38_143685_box_Incident_Summaries_173-233
Agency: Department of War
Page 144
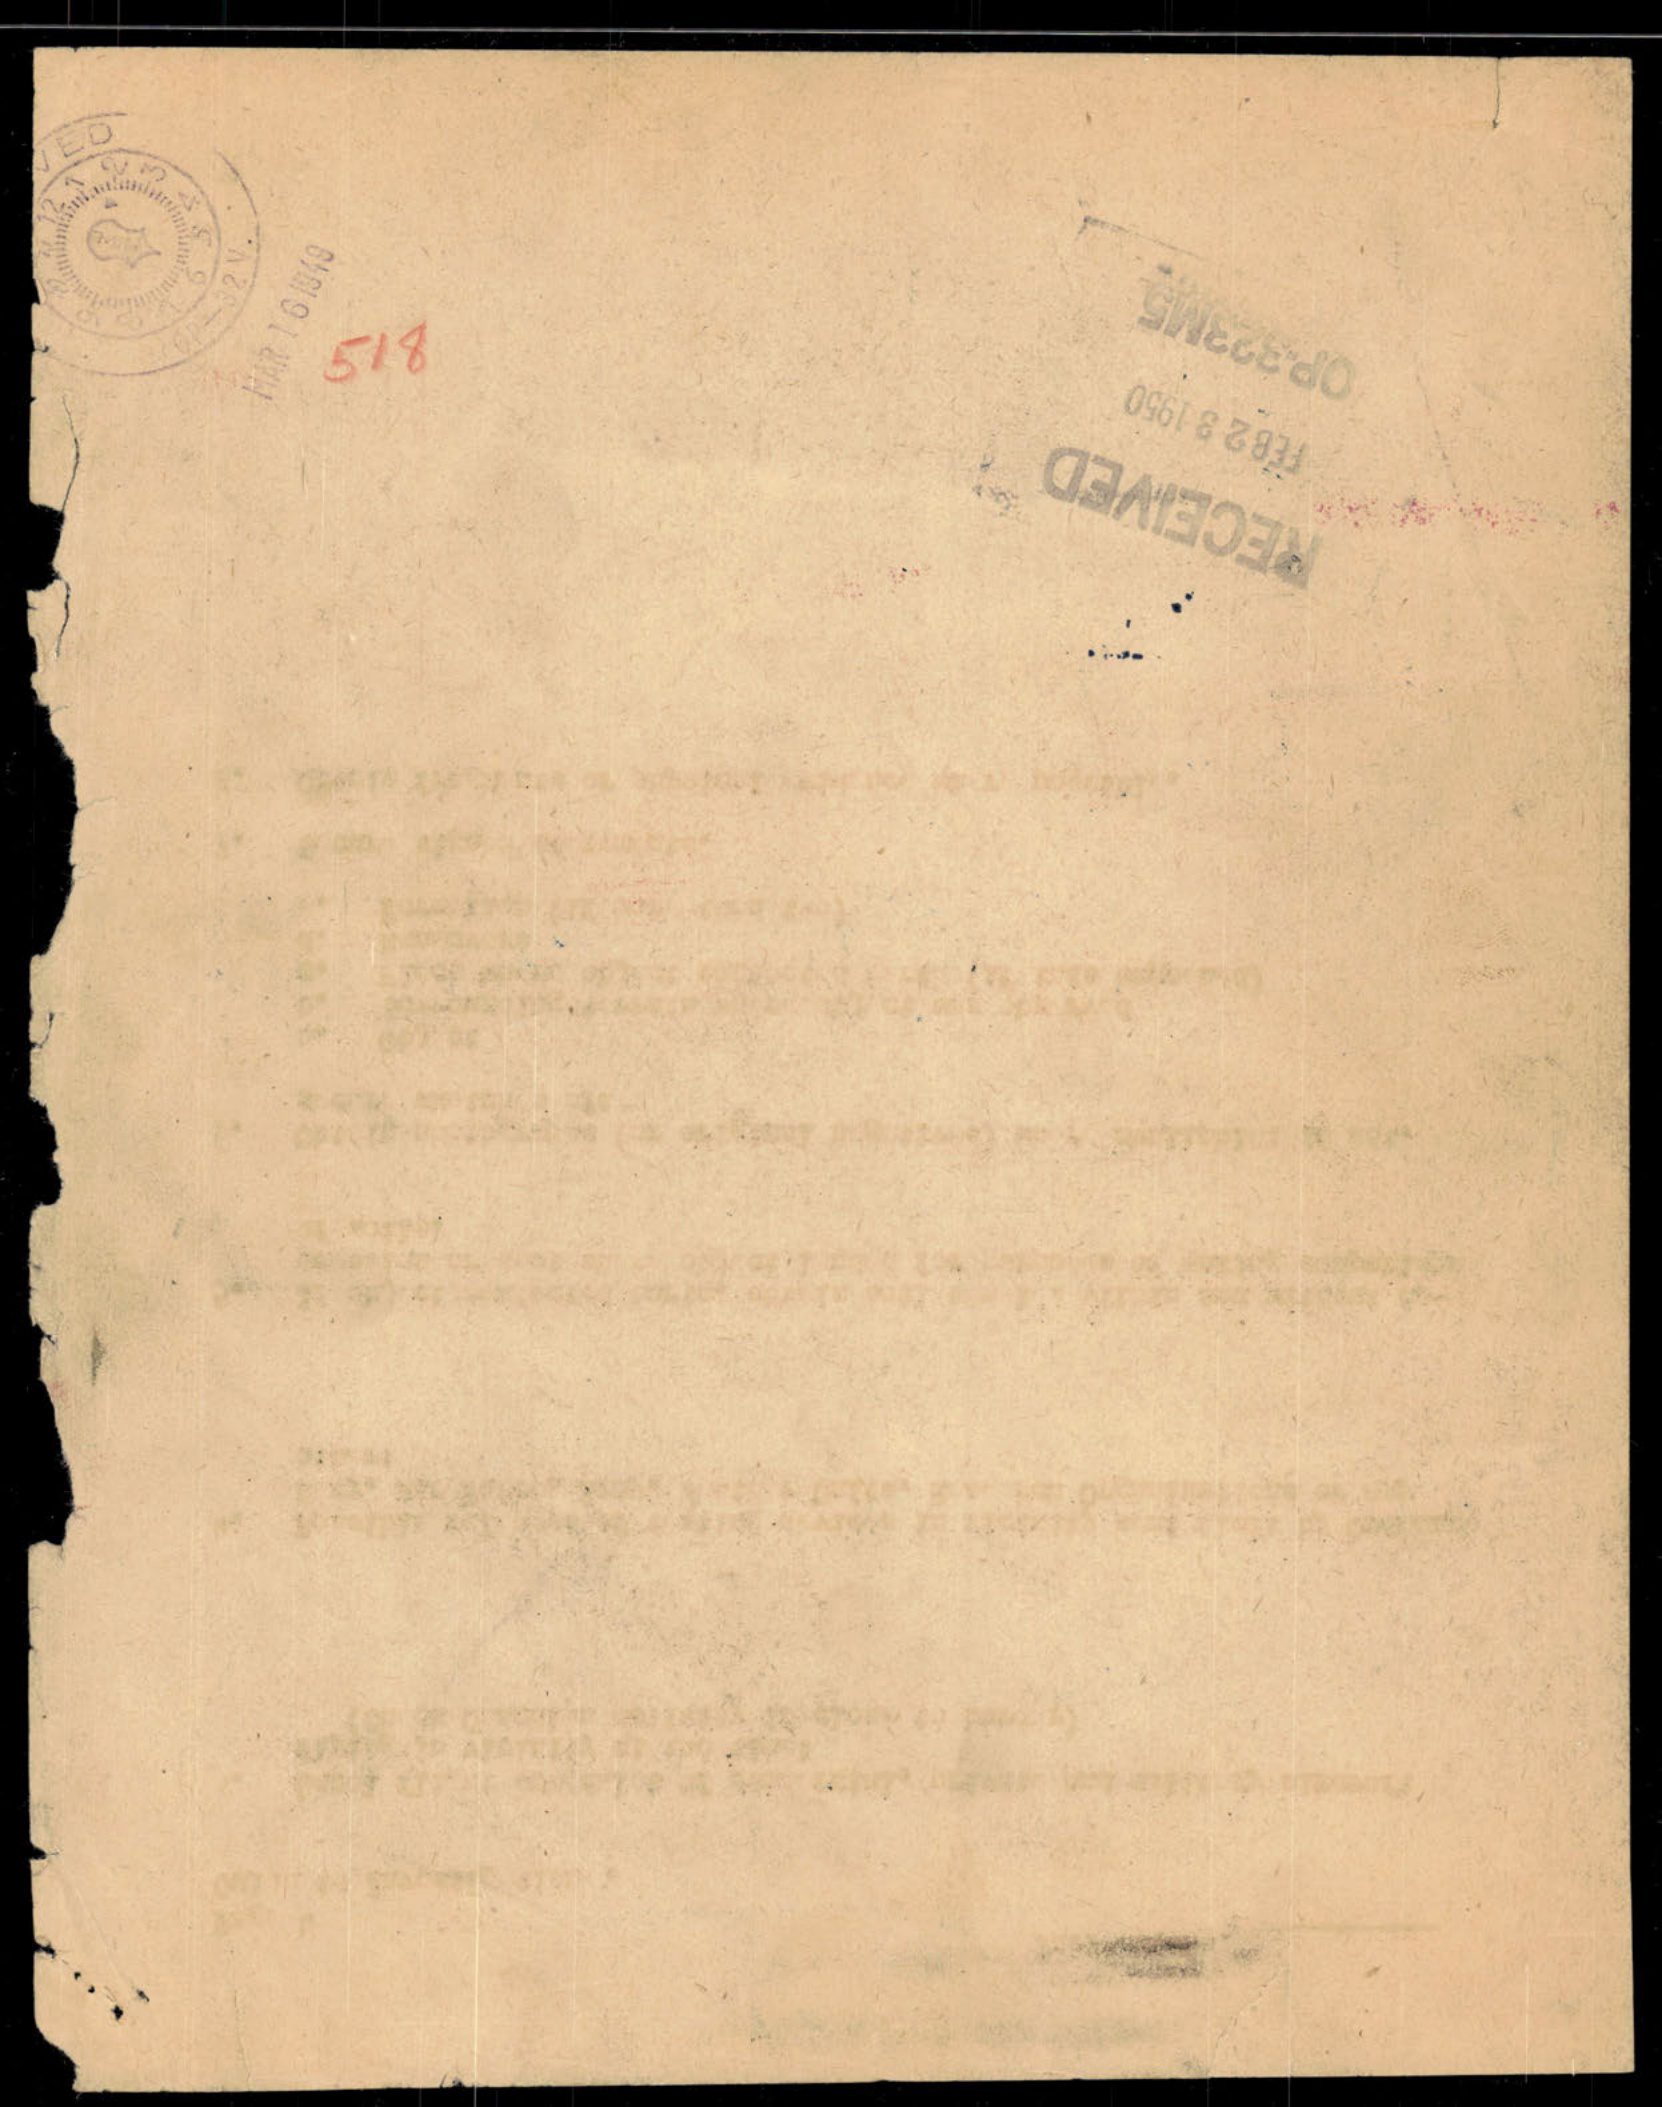